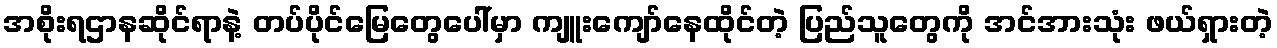
အစိုးရဌာနဆိုင်ရာနဲ့ တပ်ပိုင်မြေတွေပေါ်မှာ ကျူးကျော်နေထိုင်တဲ့ ပြည်သူတွေကို အင်အားသုံး ဖယ်ရှားတဲ့